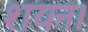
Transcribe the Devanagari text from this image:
शयन।